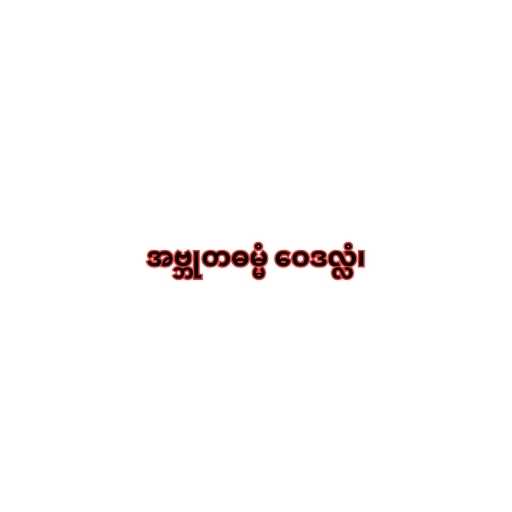
အဗ္ဘုတဓမ္မံ ဝေဒလ္လံ၊